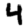
Digit: 4